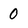
Character: 0